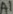
Text: A1